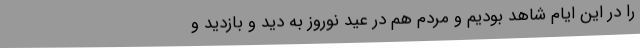
را در این ایام شاهد بودیم و مردم هم در عید نوروز به دید و بازدید و